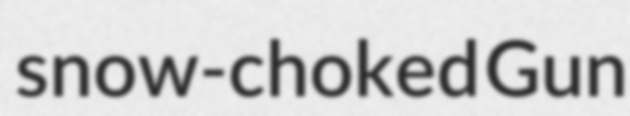
snow-choked Gun